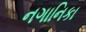
નગાનિકા